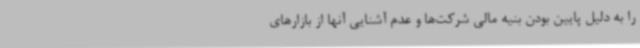
را به دلیل پایین بودن بنیه مالی شرکت‌ها و عدم آشنایی آنها از بازارهای